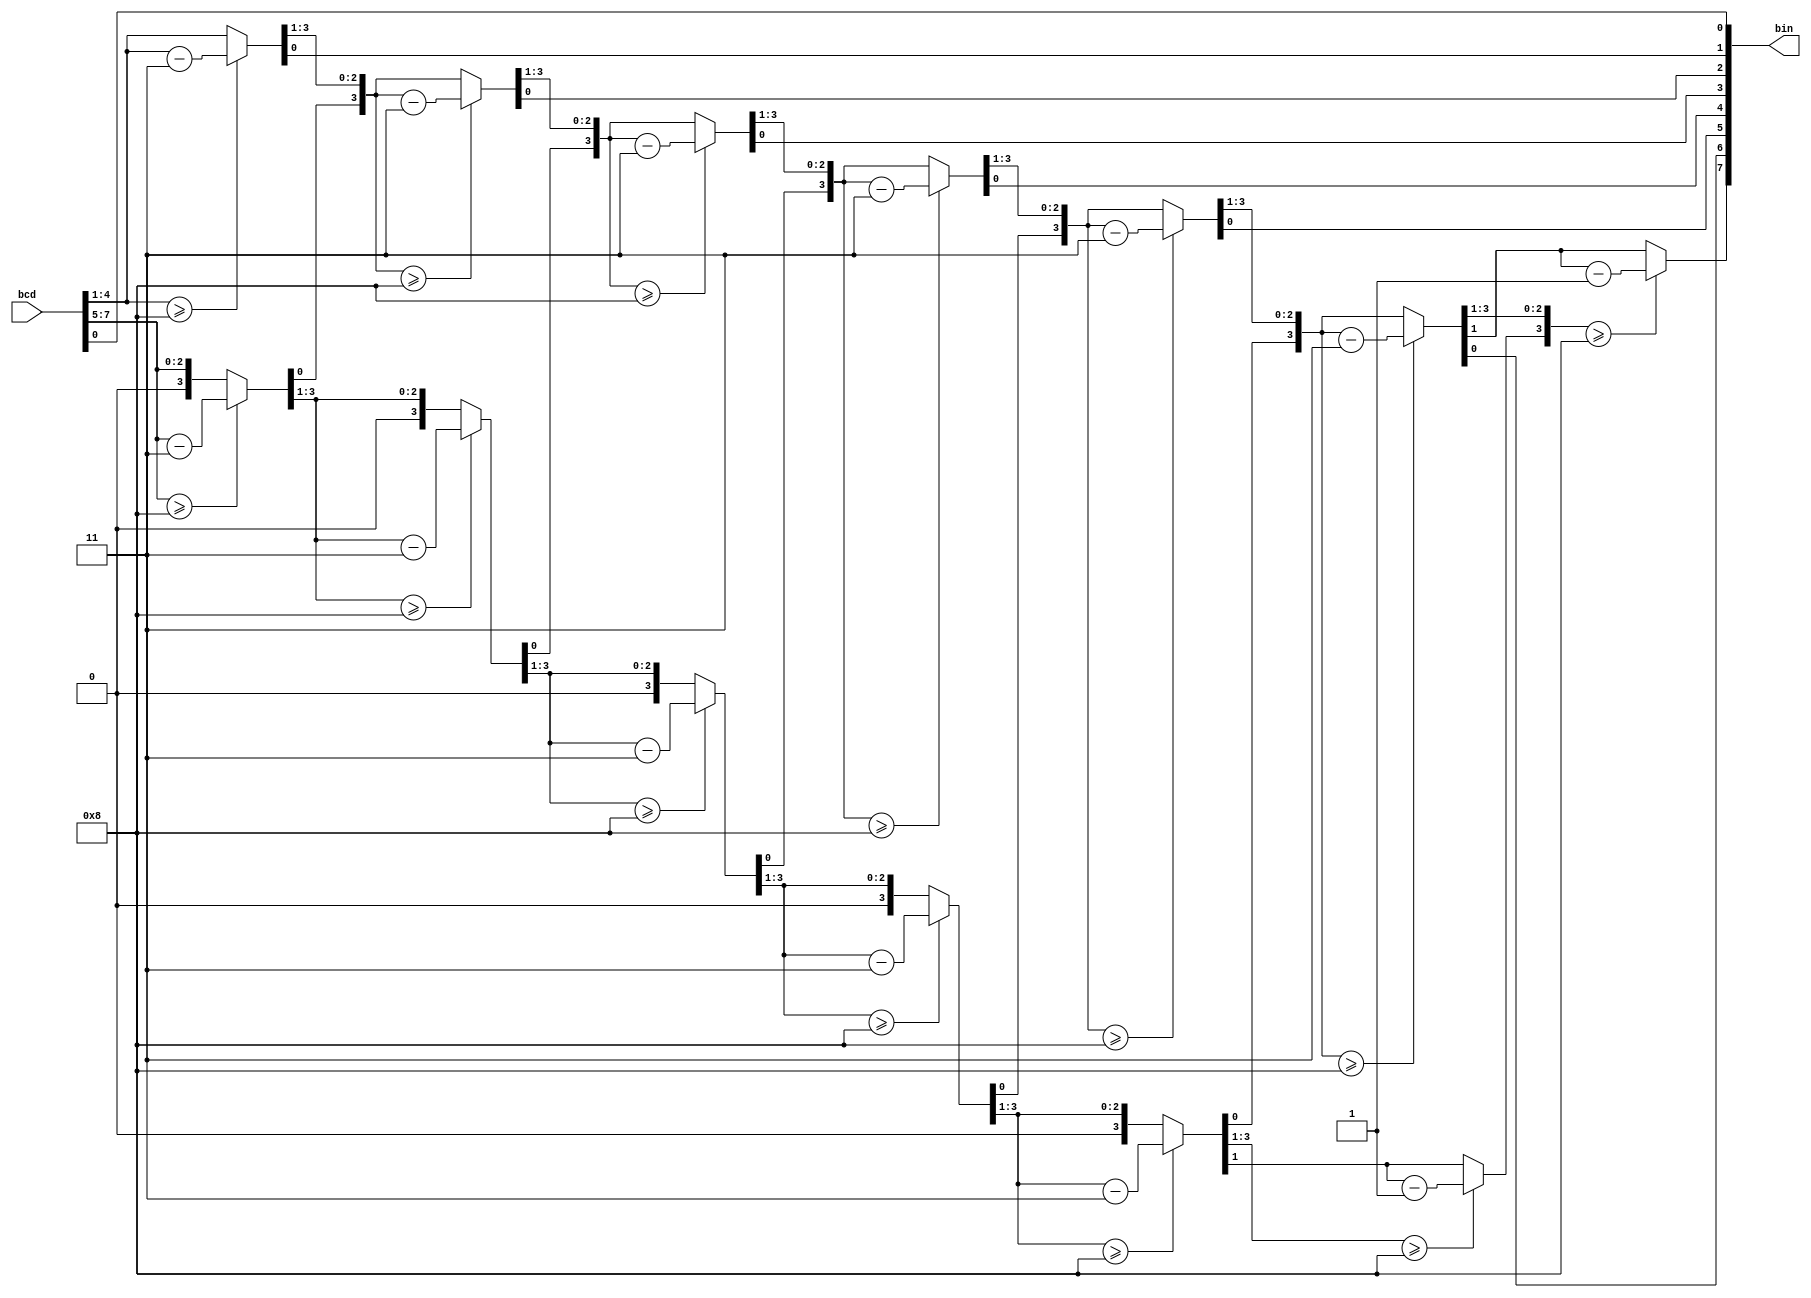
`timescale 1ns / 1ps
//////////////////////////////////////////////////////////////////////////////////
// Company: 
// Engineer: 
// 
// Design Name: 
// Module Name: binary_converter
// Project Name: 
// Target Devices: 
// Tool Versions: 
// Description: 
// 
// Dependencies: 
// 
// Revision:
// Revision 0.01 - File Created
// Additional Comments:
// 
//////////////////////////////////////////////////////////////////////////////////

//convert 2 digits of bcd to its binary value
module binary_converter(
input [7:0] bcd,
output reg [7:0]bin);
integer k,i;
reg [15:0] temp;


always@(*)begin
temp[15:8]=bcd;
temp[7:0]=0;

for(k=0;k<8;k=k+1)begin
temp = temp>>1;//shift 1 

if(temp[11:8]>=8)
    temp[11:8]=temp[11:8]-3;

if(temp[15:12]>=8)
    temp[15:12]=temp[15:12]-3; 



end
bin=temp[7:0];
end
endmodule